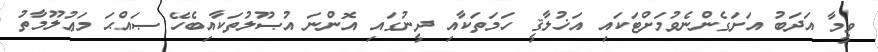
ވީމާ އަދަބު އަށަގެންނެވުމަށްޓަކައި އަޚުލާޤީ ހަމަތަކާއި ދީނުގައި އޮންނަ އުޞޫލުތަކާއިބެހޭ ޞައްޙަ މަޢުލޫމާތު